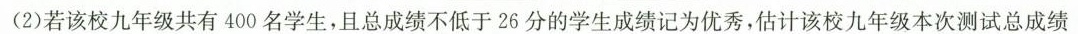
(2)若该校九年级共有400名学生，且总成绩不低于26分的学生成绩记为优秀，估计该校九年级本次测试总成绩